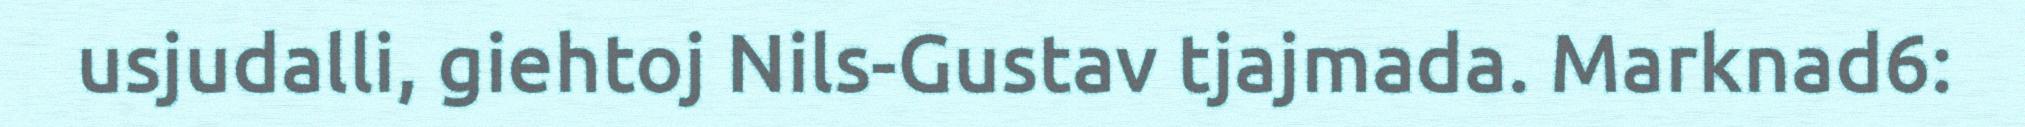
usjudalli, giehtoj Nils-Gustav tjajmada. Marknad6: